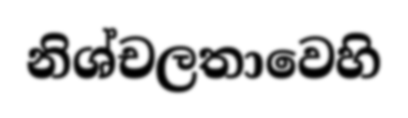
නිශ්චලතාවෙහි